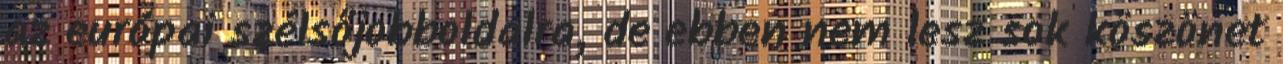
az európai szélsőjobboldalra, de ebben nem lesz sok köszönet